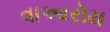
વાઆરૉય